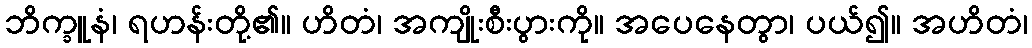
ဘိက္ခူနံ၊ ရဟန်းတို့၏။ ဟိတံ၊ အကျိုးစီးပွားကို။ အပေနေတွာ၊ ပယ်၍။ အဟိတံ၊